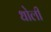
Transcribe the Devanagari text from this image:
धोली